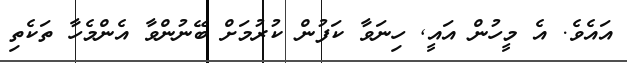
އައެވެ. އެ މީހުން އައީ